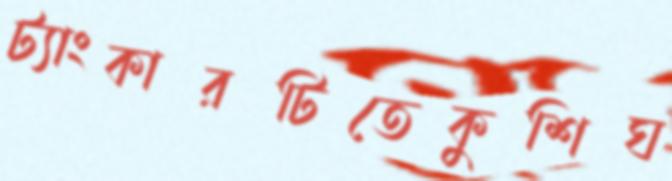
ট্যাংকারটিতেকুশিঘ